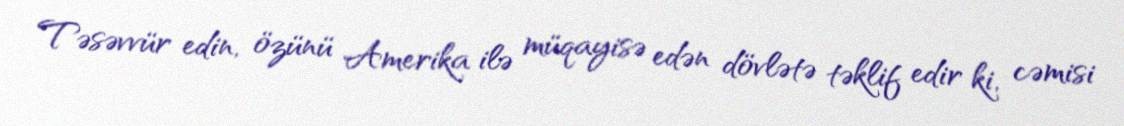
Təsəvvür edin, özünü Amerika ilə müqayisə edən dövlətə təklif edir ki, cəmisi